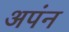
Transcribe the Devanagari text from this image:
अपंन